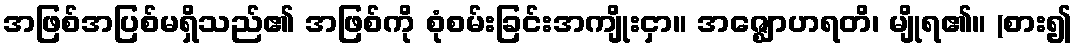
အဖြစ်အပြစ်မရှိသည်၏ အဖြစ်ကို စုံစမ်းခြင်းအကျိုးငှာ။ အဇ္ဈောဟရတိ၊ မျိုရ၏။ (စား၍